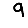
Digit: 9